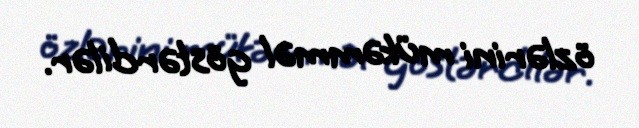
özlərini mükəmməl göstərdilər.